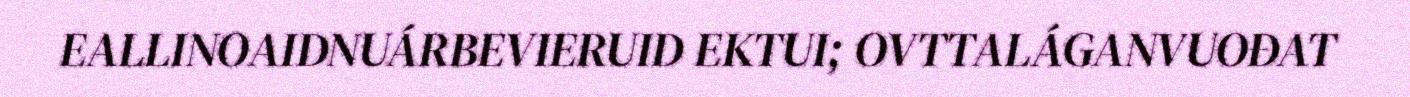
EALLINOAIDNUÁRBEVIERUID EKTUI; OVTTALÁGANVUOĐAT